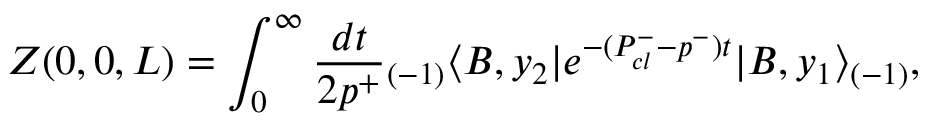
Z ( 0 , 0 , L ) = \int _ { 0 } ^ { \infty } { \frac { d t } { 2 p ^ { + } } } { _ { ( - 1 ) } \langle } B , y _ { 2 } | e ^ { - ( P _ { c l } ^ { - } - p ^ { - } ) t } | B , y _ { 1 } \rangle _ { ( - 1 ) } ,